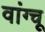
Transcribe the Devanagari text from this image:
वांग्चू